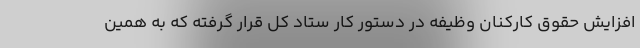
افزایش حقوق کارکنان وظیفه در دستور کار ستاد کل قرار گرفته که به همین